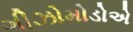
ગીઝોમોડોએ